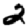
Digit: 2